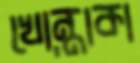
খোন্তাকা